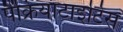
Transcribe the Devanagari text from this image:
पैंक्रियाटाइटिस